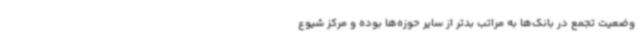
وضعیت تجمع در بانک‌ها به مراتب بدتر از سایر حوزه‌ها بوده و مرکز شیوع